Alma_Vaarman, lk 16
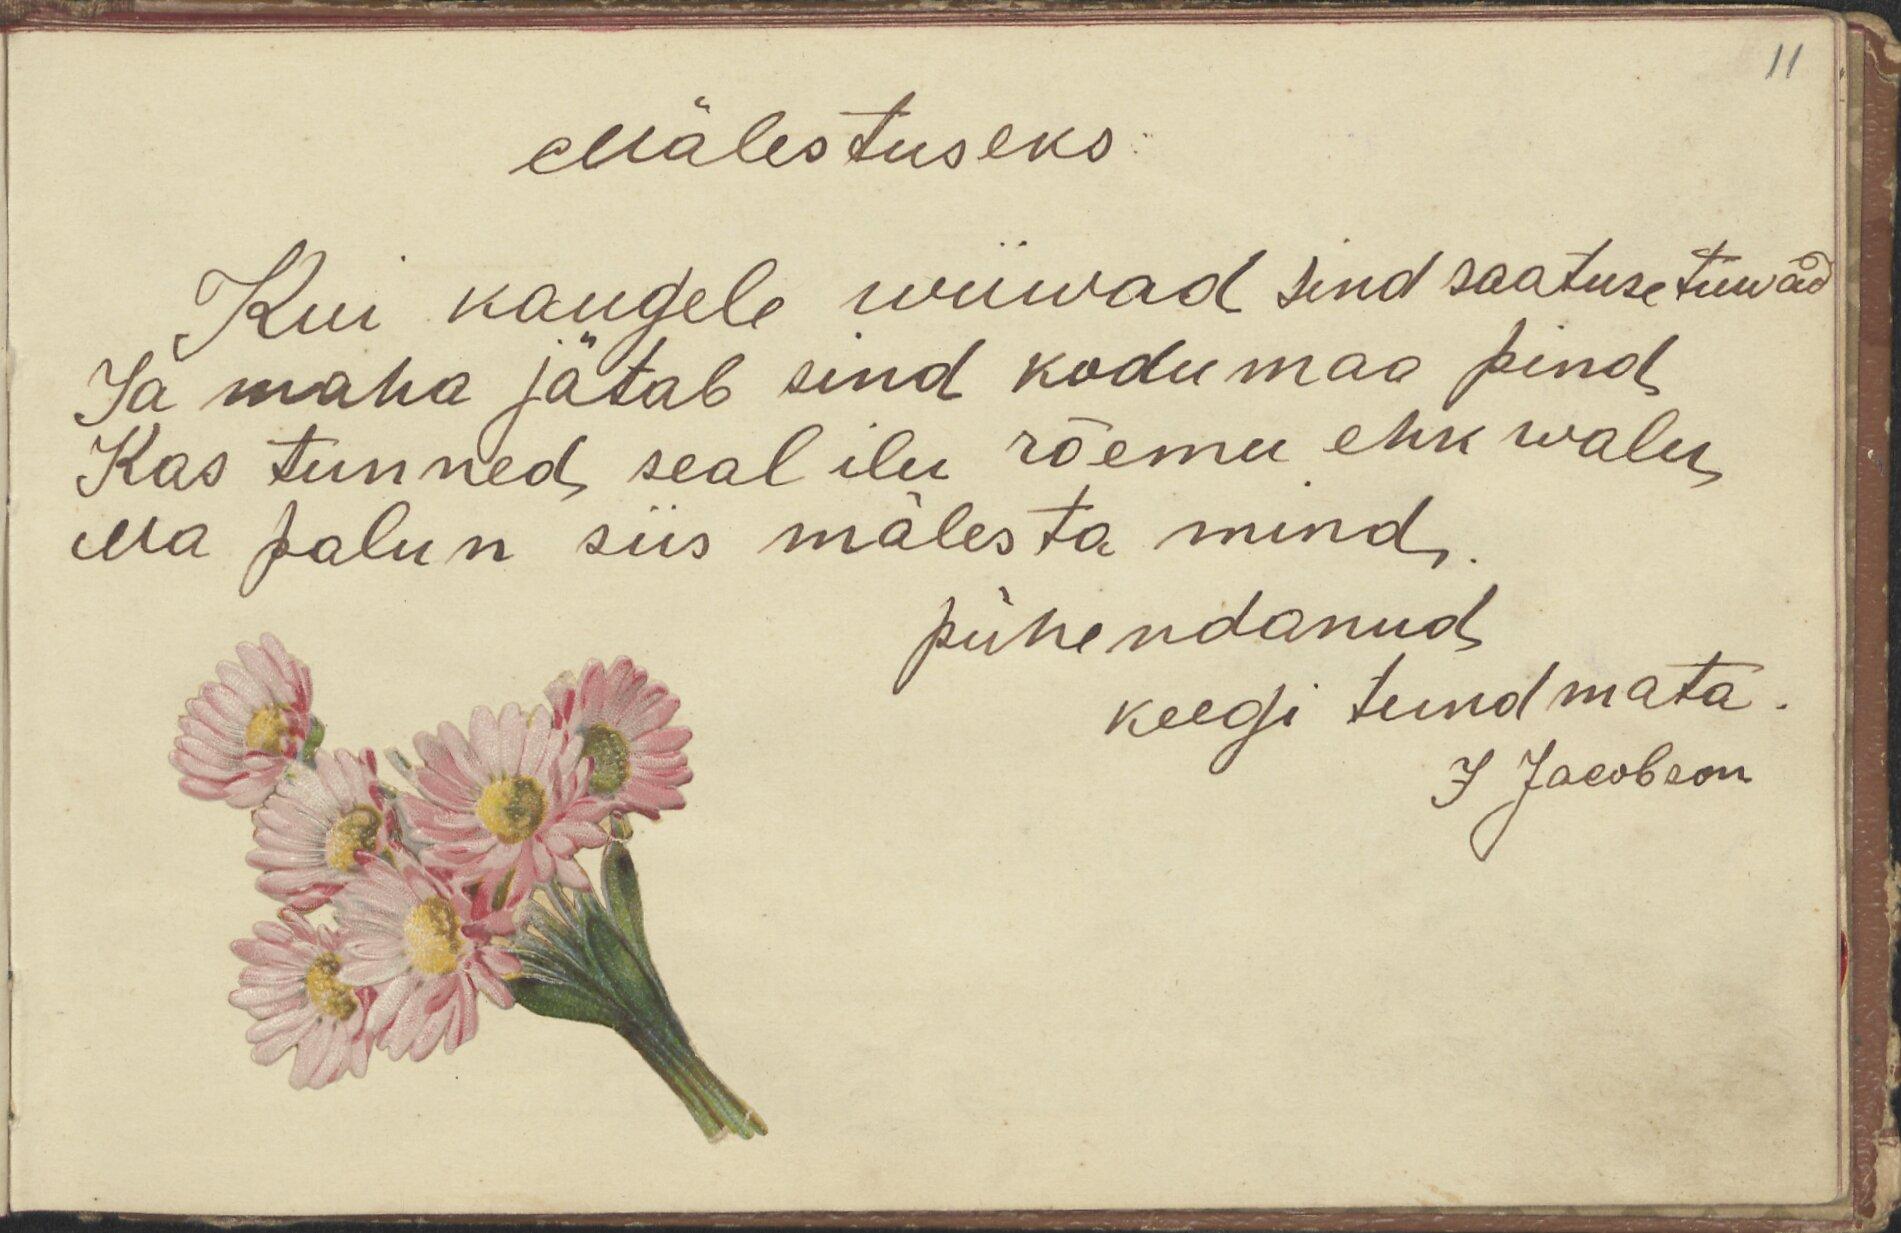
11

Mälestuseks:
Kui kaugele wiiwad sind saatuse tiiwad
Ja maha jätab sind kodumaa pind,
Kas tunned seal ilu rõemu ehk walu,
Ma palun siis mälesta mind,
pühendanud
keegi tundmata.
I Jacobson